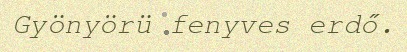
Gyönyörü fenyves erdő.